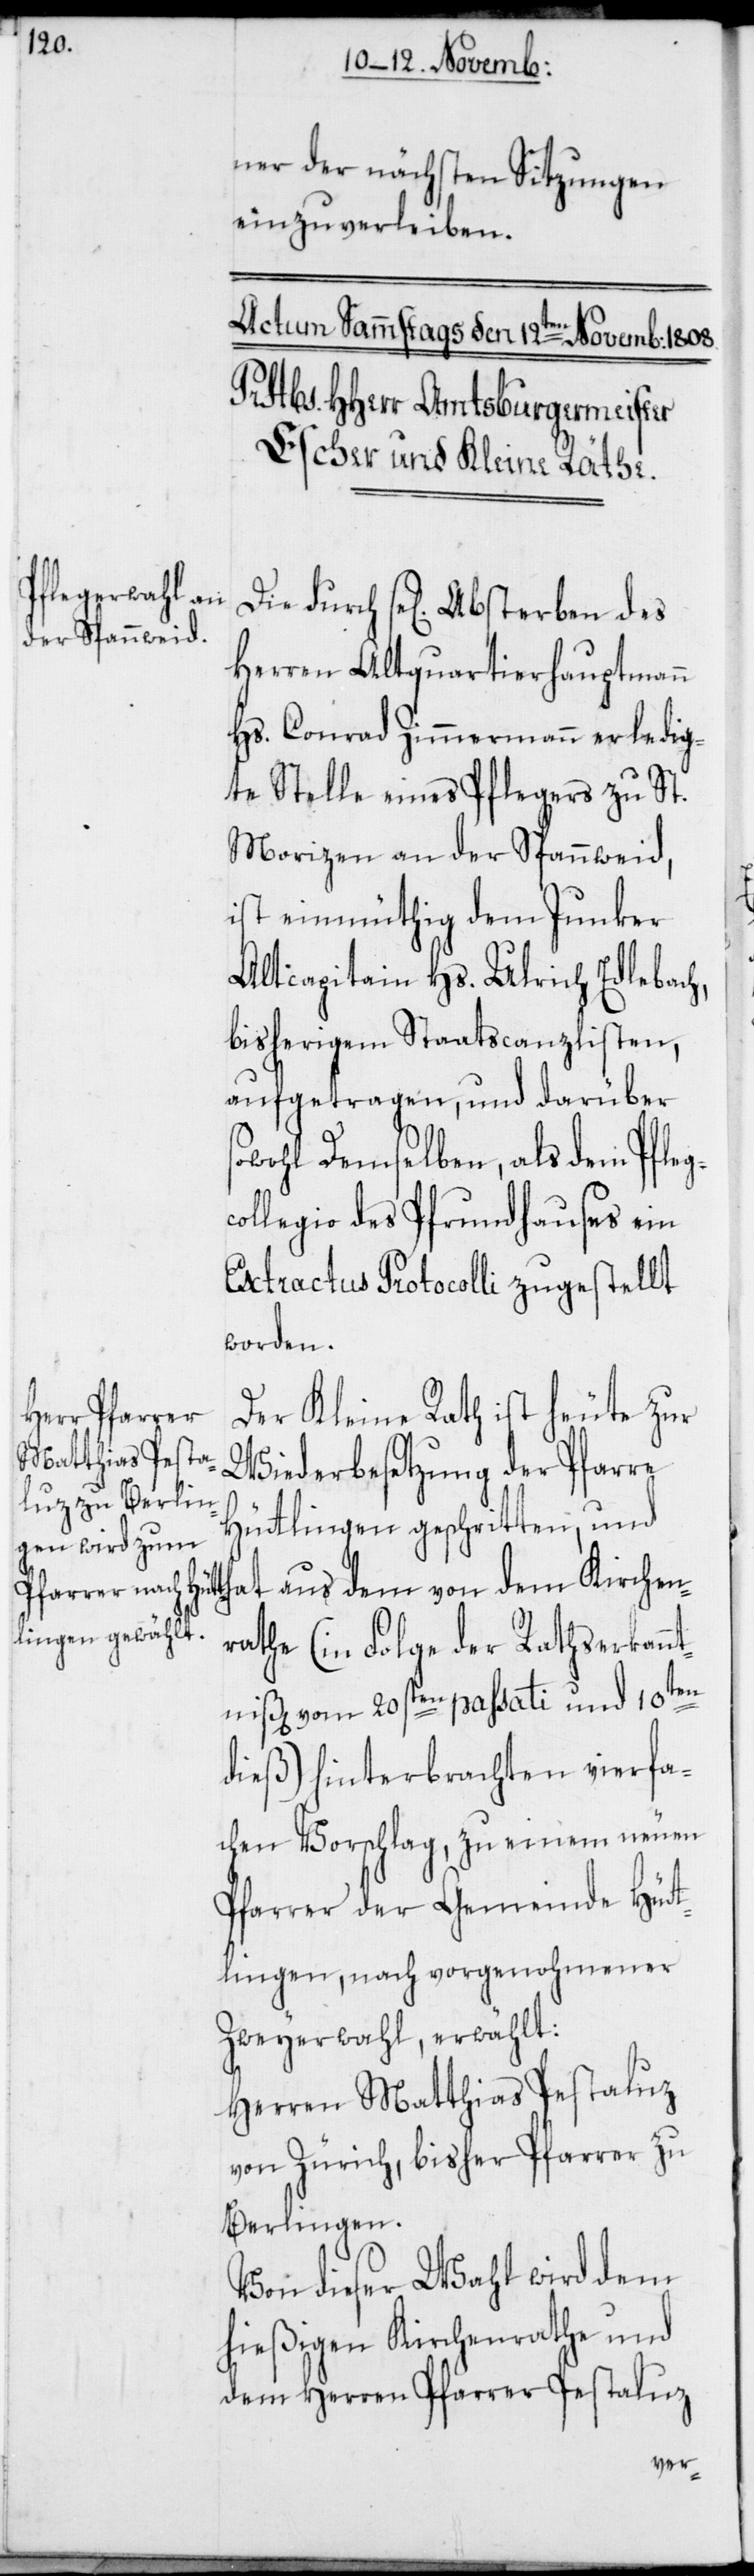
ner der nächsten Sitzungen
einzuverleiben.
Die durch se[lig] Absterben des
Herren Altquartierhauptmann
Hs. Conrad Zimmermann erledig¬
te Stelle eines Pflegers zu St.
Morizen an der Spannweid,
ist einmüthig dem Junker
Altcapitain Hs. Ulrich Edlebach,
bisherigem Staatscanzlisten,
aufgetragen, und darüber s¬
owohl demselben, als dem Pfleg¬
collegio des Pfrundhauses ein
Extractus Protocolli zugestellt
worden.
Der Kleine Rath ist heute zur
Wiederbesetzung der Pfarre
Hüttlingen geschritten, und
hat aus dem von dem Kirchen¬
rathe (in Folge der Rathserkannt¬
niß[en] vom 20sten passati und 10ten
dieß) hinterbrachten vierfa¬
chen Vorschlag, zu einem neuen
Pfarrer der Gemeinde Hüt¬
tlingen, nach vorgenohmener
Zweyerwahl, erwählt:
Herren Matthias Pestaluz
von Zürich, bisher Pfarrer zu
Berlingen.
Von dieser Wahl wird dem
hießigen Kirchenrathe und
dem Herren Pfarrer Pestaluz